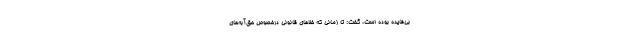
بی‌فایده بوده است، گفت: تا زمانی که خلاهای قانونی درخصوص حق‌آبه‌های